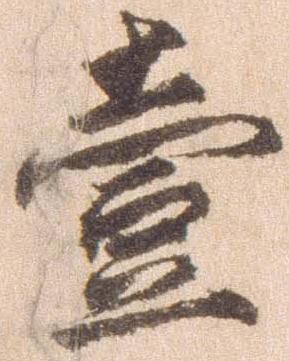
壱